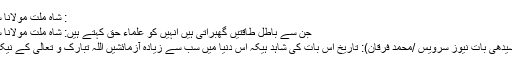
: شاہ ملت مولانا سید انظر شاہ قاسمی
جن سے باطل طاقتیں گھبراتی ہیں انہیں کو علماء حق کہتے ہیں: شاہ ملت مولانا سید انظر شاہ قاسمی
بنگلور، 9؍ اپریل (سیدھی بات نیوز سرویس /محمد فرقان): تاریخ اس بات کی شاہد ہیکہ اس دنیا میں سب سے زیادہ آزمائشیں اللہ تبارک و تعالیٰ کے نیک بندوں پر آئیں ہیں۔